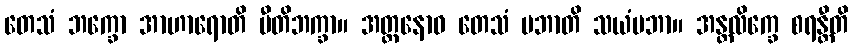
တေသံ ဘက္ခော အာဟာရောတိ ပီတိဘက္ခာ။ အတ္တနောဝ တေသံ ပဘာတိ သယံပဘာ။ အန္တလိက္ခေ စရန္တီတိ